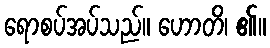
ရောစပ်အပ်သည်။ ဟောတိ၊ ၏။